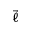
\vec { \ell }